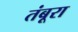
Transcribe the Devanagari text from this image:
तंबूरा